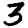
Digit: 3